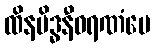
ထိနမိဒ္ဓနီဝရဏံပေ